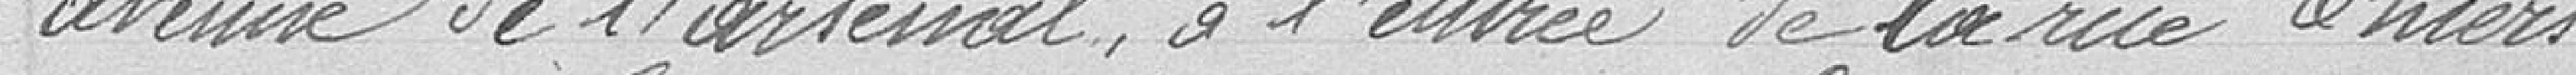
avenue de l'Arsenal, à l'entrée de la rue Thiers.